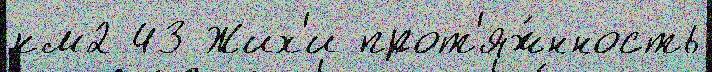
км2 43 Жих'и прот'яж́нность